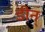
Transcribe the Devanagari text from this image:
डीन्